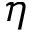
\eta